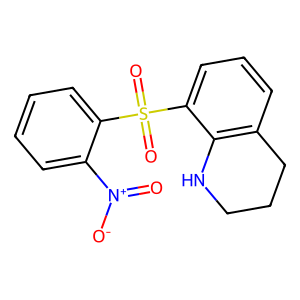
SMILES: O=[N+]([O-])c1ccccc1S(=O)(=O)c1cccc2c1NCCC2
Inhibits HIV replication: Yes